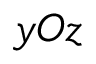
y O z